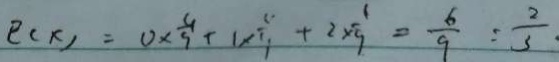
E ( x ) = 0 \times \frac { 4 } { 9 } + 1 \times \frac { 4 } { 9 } + 2 \times \frac { 1 } { 9 } = \frac { 6 } { 9 } = \frac { 2 } { 3 }